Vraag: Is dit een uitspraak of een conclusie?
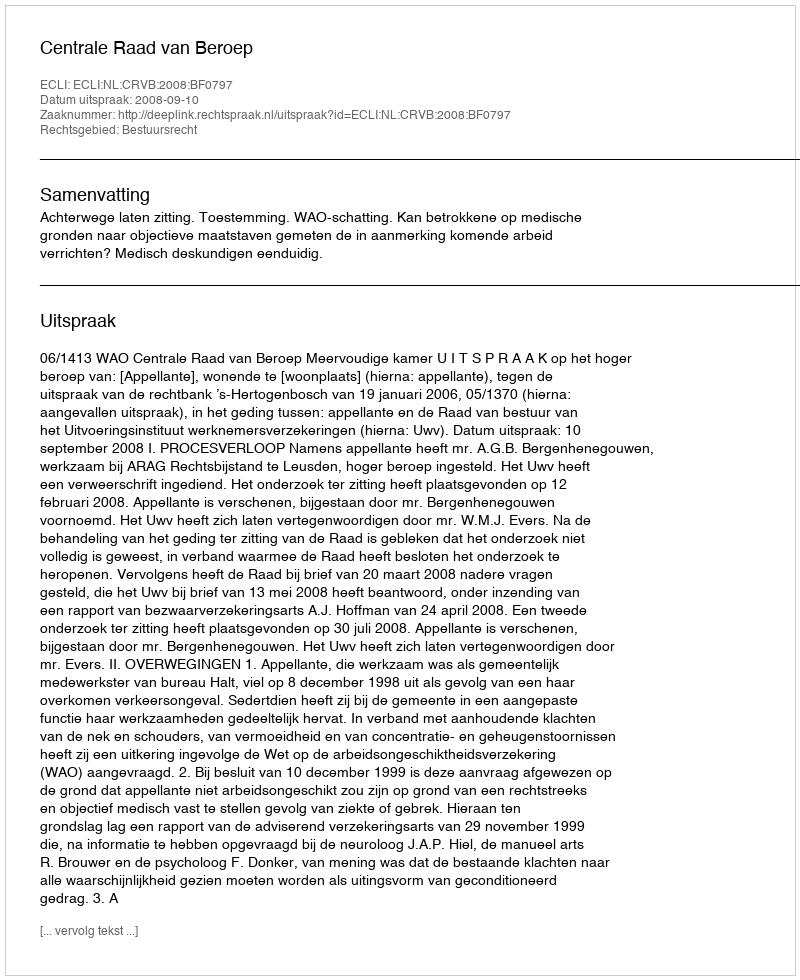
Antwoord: Uitspraak